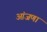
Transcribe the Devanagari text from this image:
आंजणा